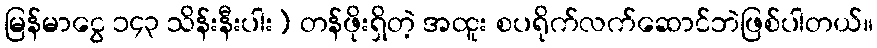
မြန်မာငွေ ၁၄၃ သိန်းနီးပါး) တန်ဖိုးရှိတဲ့ အထူး စပရိုက်လက်ဆောင်ဘဲဖြစ်ပါတယ်။